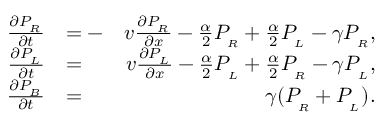
\begin{array} { r l r } { \frac { \partial P _ { _ R } } { \partial t } } & { = - } & { v \frac { \partial P _ { _ R } } { \partial x } - \frac { \alpha } { 2 } P _ { _ R } + \frac { \alpha } { 2 } P _ { _ L } - \gamma P _ { _ R } , } \\ { \frac { \partial P _ { _ L } } { \partial t } } & { = } & { v \frac { \partial P _ { _ L } } { \partial x } - \frac { \alpha } { 2 } P _ { _ L } + \frac { \alpha } { 2 } P _ { _ R } - \gamma P _ { _ L } , } \\ { \frac { \partial P _ { _ B } } { \partial t } } & { = } & { \gamma ( P _ { _ R } + P _ { _ L } ) . } \end{array}